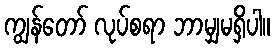
ကျွန်တော် လုပ်စရာ ဘာမျှမရှိပါ။